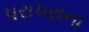
પરાપરાના